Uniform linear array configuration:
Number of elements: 8
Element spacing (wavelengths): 0.5
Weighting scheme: uniform
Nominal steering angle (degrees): -60
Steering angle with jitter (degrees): -61.223
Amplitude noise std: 0.05
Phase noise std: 0.05

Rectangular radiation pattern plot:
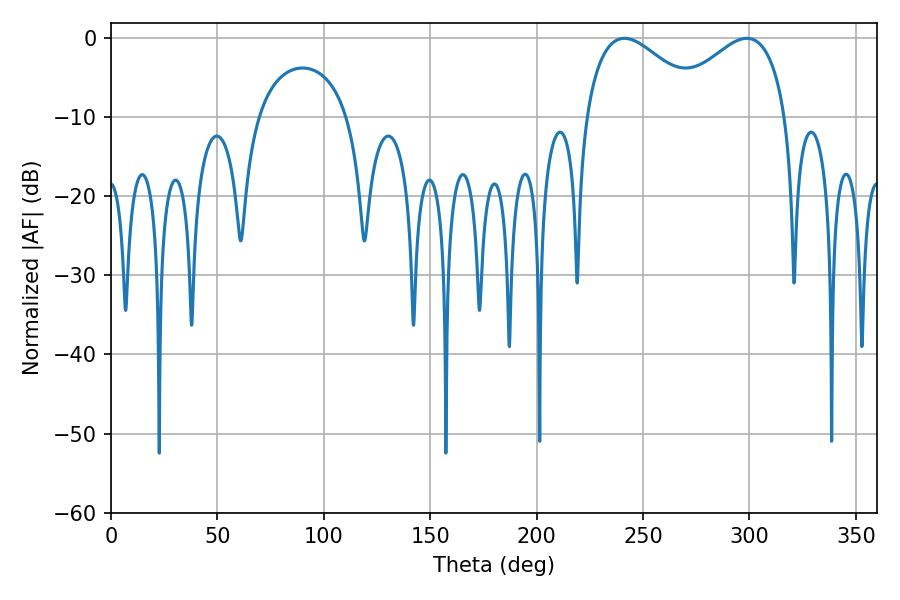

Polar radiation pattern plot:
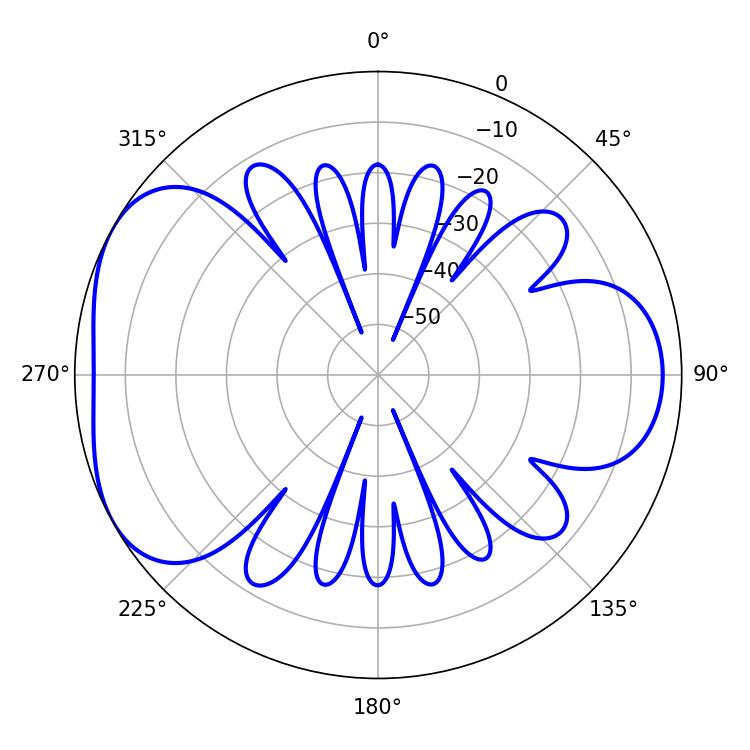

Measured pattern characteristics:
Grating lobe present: FALSE
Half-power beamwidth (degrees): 30.96
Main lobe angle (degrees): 241.2